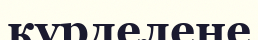
күрделене